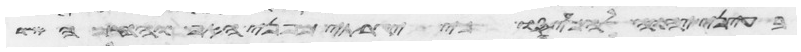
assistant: בעיני יהוה להכעיסו כי יגרתי מפני האף והחמה